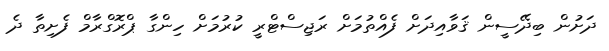
ދަށުން ބިދޭސީން ޤަވާއިދަށް ފެއްތުމަށް ރަޖިސްޓްރީ ކުރުމަށް ހިންގާ ޕްރޮގްރާމް ފެށިތާ ދެ